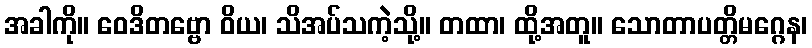
အခါကို။ ဝေဒိတဗ္ဗော ဝိယ၊ သိအပ်သကဲ့သို့။ တထာ၊ ထို့အတူ။ သောတာပတ္တိမဂ္ဂေန၊